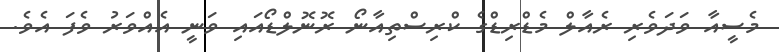
މެސީއާ ވަދަވެރި ރެއާލް މެޑްރިޑްގެ ކްރިސްތިއާނޯ ރޮނޮލްޑޯއައި ވަނީ އެއްވަރު ވެފަ އެވެ.